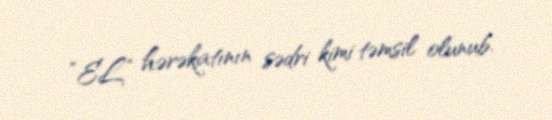
“EL” hərəkatının sədri kimi təmsil olunub.